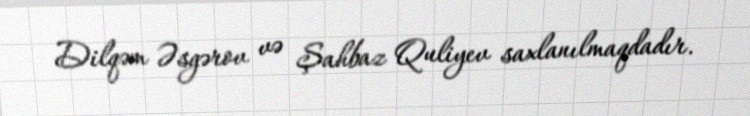
Dilqəm Əsgərov və Şahbaz Quliyev saxlanılmaqdadır.